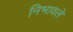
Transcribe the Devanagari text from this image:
निभावले